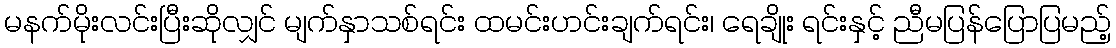
မနက်မိုးလင်းပြီးဆိုလျှင် မျက်နှာသစ်ရင်း ထမင်းဟင်းချက်ရင်း၊ ရေချိုး ရင်းနှင့် ညီမပြန်ပြောပြမည့်